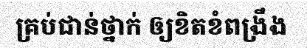
គ្រប់ជាន់ថ្នាក់ ឲ្យខិតខំពង្រឹង